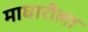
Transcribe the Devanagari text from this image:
माघारीला